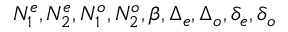
N _ { 1 } ^ { e } , N _ { 2 } ^ { e } , N _ { 1 } ^ { o } , N _ { 2 } ^ { o } , \beta , \Delta _ { e } , \Delta _ { o } , \delta _ { e } , \delta _ { o }